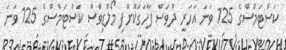
ކަސްޓަމްސްގެ 125 ވަނަ އަހަރީ ދުވަސް ފާހަގަކޮށްފި މޯލްޑިވްސް ކަސްޓަމްސްގެ 125 ވަނަ